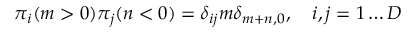
\pi _ { i } ( m > 0 ) \pi _ { j } ( n < 0 ) = \delta _ { i j } m \delta _ { m + n , 0 } , \quad i , j = 1 \dots D